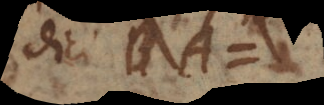
dici BA